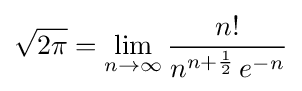
{\sqrt {2\pi }}=\lim _{n\to \infty }{\frac {n!}{n^{n+{\frac {1}{2}}}\,e^{-n}}}